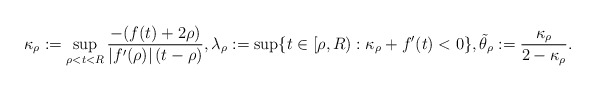
\begin{align*} \kappa_\rho:=\sup_{\rho <t<R}\frac{-(f(t)+2\rho)}{|f'(\rho)|\,(t-\rho)}, \lambda_\rho:=\sup \{t\in [\rho,R): \kappa_\rho+f'(t)<0\}, \tilde \theta_\rho:=\frac{\kappa_\rho}{2-\kappa_\rho}. \end{align*}